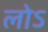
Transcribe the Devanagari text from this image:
लोऽ